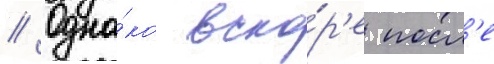
// Одна́ко вско́р'е посл'е